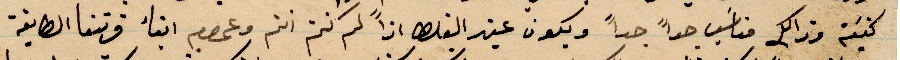
كنية وذلك مناسب جدًا جدًا ويكون عند القلق اذًا لم كنتم انتم وعموم أبناء قريتنا الطايفة